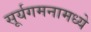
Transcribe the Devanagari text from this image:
सूर्यगमनामध्ये